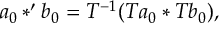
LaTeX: a _ { 0 } * ^ { \prime } b _ { 0 } = T ^ { - 1 } ( T a _ { 0 } * T b _ { 0 } ) ,